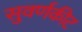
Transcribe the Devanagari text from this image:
सुवर्णकीट